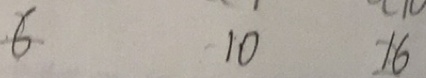
6 1 0 1 6